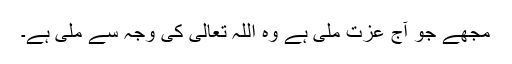
مجھے جو آج عزت ملی ہے وہ اللہ تعالیٰ کی وجہ سے ملی ہے۔